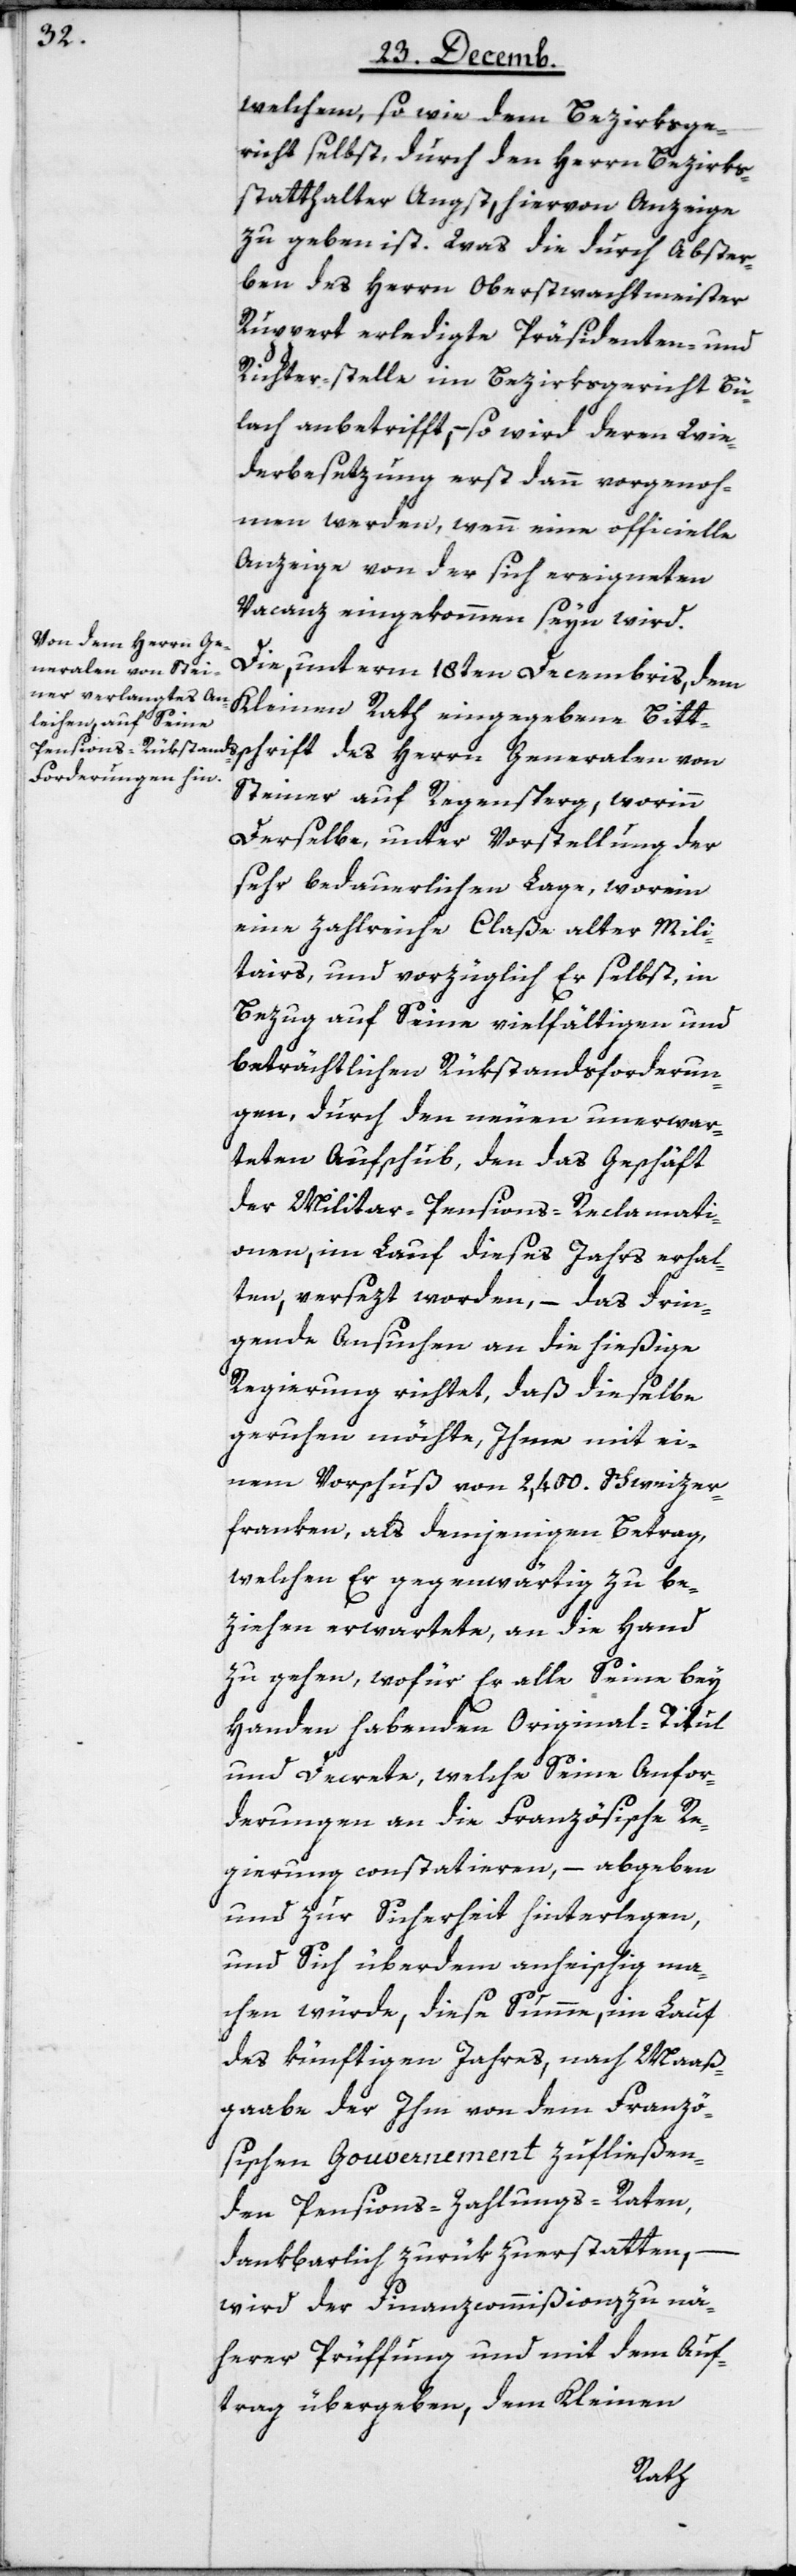
welchem, so wie dem Bezirksge¬
richt selbst, durch den Herrn Bezirks¬
statthalter Angst, hiervon Anzeige
zu geben ist. Was die durch Abster¬
ben des Herrn Oberwachtmeister
Ruppert erledigte Präsidenten- und
Richter-stelle im Bezirksgericht Bü¬
lach anbetrifft, – so wird deren Wie¬
derbesetzung erst dann vorgenoh¬
men werden, wenn eine officielle
Anzeige von der sich ereigneten
Vacanz eingekommen seyn wird.
Die, unterm 18ten Decembris, dem
Kleinen Rath eingegebene Bitt¬
schrift des Herrn Generalen von
Steiner auf Regensperg, worinn
Derselbe, unter Vorstellung der
sehr bedauerlichen Lage, worein
eine zahlreiche Claße alter Mili¬
tars, und vorzüglich Er selbst, in
Bezug auf Seine vielfältigen und
beträchtlichen Rükstandsforderun¬
gen, durch den neuen unerwar¬
teten Aufschub, den das Geschäft
der Militar-Pensions-Reclamati¬
onen, im Lauf dieses Jahrs erhal¬
ten, versezt worden, – das drin¬
gende Ansuchen an die hießige
Regierung richtet, daß dieselbe
geruhen möchte, Ihme mit ei¬
nem Vorschuß von 2,400. Schweizer¬
franken, als demjenigen Betrag,
welchen Er gegenwärtig zu be¬
ziehen erwartete, an die Hand
zu gehen, wofür Er alle Seine bey
Handen habenden Original-Titul
und Decrete, welche Seine Anfor¬
derungen an die Französische Re¬
gierung constatieren, – abgeben
und zur Sicherheit hinterlegen,
und Sich überdem anheischig ma¬
chen würde, diese Summe, im Lauf
des künftigen Jahres, nach Maaß¬
gabe der Ihm von dem Franzö¬
sischen Gouvernement zufließen¬
den Pensions-Zahlungs-Raten,
dankbarlich zurükzuerstatten,
wird der Finanzcommißion, zu nä¬
herer Prüffung und mit dem Auf¬
trag übergeben, dem Kleinen